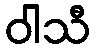
ဝါသီ